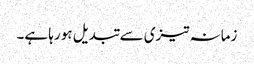
زمانہ تیزی سے تبدیل ہو رہا ہے۔